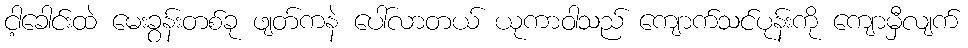
ငါ့ခေါင်းထဲ မေးခွန်းတစ်ခု ဖျတ်ကနဲ ပေါ်လာတယ် ယုကာဝါသည် ကျောက်သင်ပုန်းကို ကျောမှီလျက်